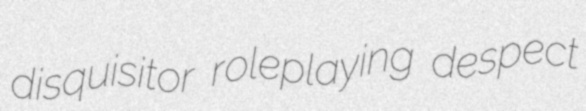
disquisitor roleplaying despect